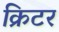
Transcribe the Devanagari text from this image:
क्रिटर